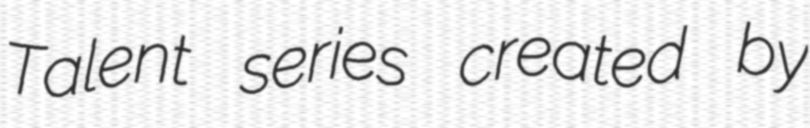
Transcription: Talent series created by